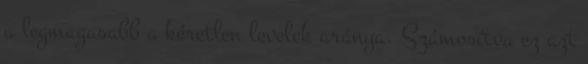
a legmagasabb a kéretlen levelek aránya. Számosítva ez azt